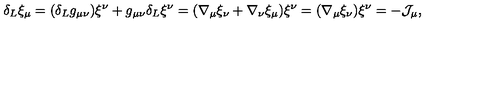
\delta _ { L } \xi _ { \mu } = ( \delta _ { L } g _ { \mu \nu } ) \xi ^ { \nu } + g _ { \mu \nu } \delta _ { L } \xi ^ { \nu } = ( \nabla _ { \mu } \xi _ { \nu } + \nabla _ { \nu } \xi _ { \mu } ) \xi ^ { \nu } = ( \nabla _ { \mu } \xi _ { \nu } ) \xi ^ { \nu } = - { \cal J } _ { \mu } ,